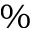
\%